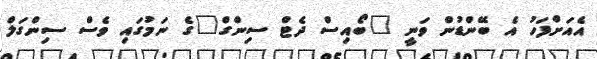
އެއަށްފަހު އެ ބޭންޑުން ވަނީ "ބޯއިސް ދެޓް ސިންގް"ގެ ނަމުގައި ވެސް ސިންގަލް